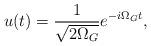
LaTeX: \begin{align*}u(t) = \frac{1}{\sqrt{2\Omega_{G}}} e^{-i \Omega_{G} t},\end{align*}